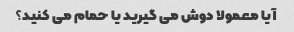
آیا معمولا دوش می گیرید یا حمام می کنید؟